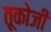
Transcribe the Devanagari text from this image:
तूकोजी